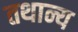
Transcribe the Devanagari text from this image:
तथान्य